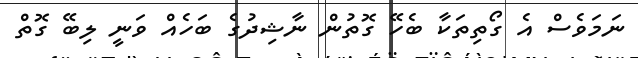
ނަމަވެސް އެ ގޯތިތަކާ ބެހޭ ގޮތުން ނާޝިދުގެ ބަހެއް ވަނީ ލިބޭ ގޮތް